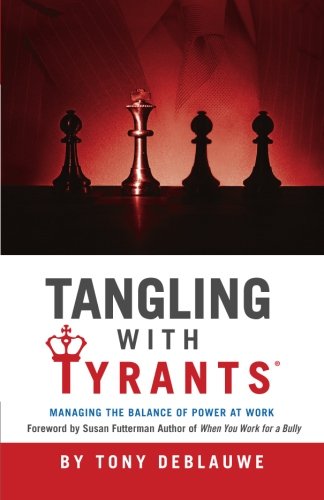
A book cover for Tangling with Tyrants: Managing the Balance of Power at Work; Tony Deblauwe; Business & Money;